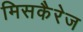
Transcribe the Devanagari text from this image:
मिसकैरेज